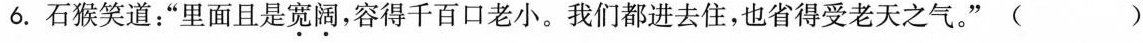
6.石猴笑道：”里面且是宽阔，容得千百口老小。我们都进去住，也省得受老天之气。” ( )